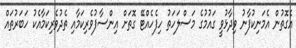
އެގޮތުން އެމަނިކުފާނު ވިދާޅުވީ ގައުމުގެ މަސްލަހަތު ހިފެހެއްޓޭ ގޮތަށް އިންސާފުވެރިކަމާއި ތެދުވެރިކަމާއެކު ހަބަރުތައް